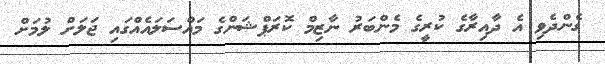
ގެންދެވި އެ ދާއިރާގެ ކުރީގެ މެންބަރު ނާޒިމް ކޮރަޕްޝަންގެ މައްސަލައެއްގައި ޖަލަށް ލުމަށް